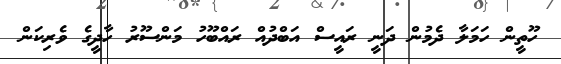
ހޫތީން ހަމަލާ ދެމުން ދަނީ ރައީސް އަބްދުއް ރައްބޫހު މަންސޫރު ހާދީގެ ވެރިކަން